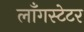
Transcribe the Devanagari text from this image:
लाँगस्टेटर